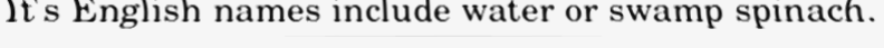
It's English names include water or swamp spinach.